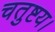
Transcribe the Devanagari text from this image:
चतुष्टय।